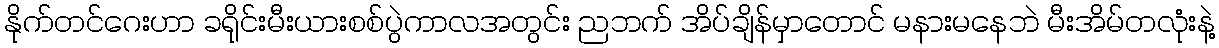
နိုက်တင်ဂေးဟာ ခရိုင်းမီးယားစစ်ပွဲကာလအတွင်း ညဘက် အိပ်ချိန်မှာတောင် မနားမနေဘဲ မီးအိမ်တလုံးနဲ့